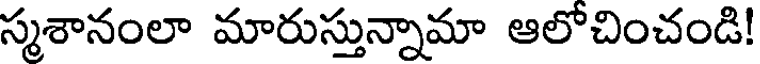
స్మశానంలా మారుస్తున్నామా ఆలోచించండి!